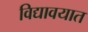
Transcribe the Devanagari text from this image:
विद्यावयात